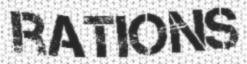
RATIONS